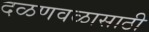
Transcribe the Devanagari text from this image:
दळणवळासाठी